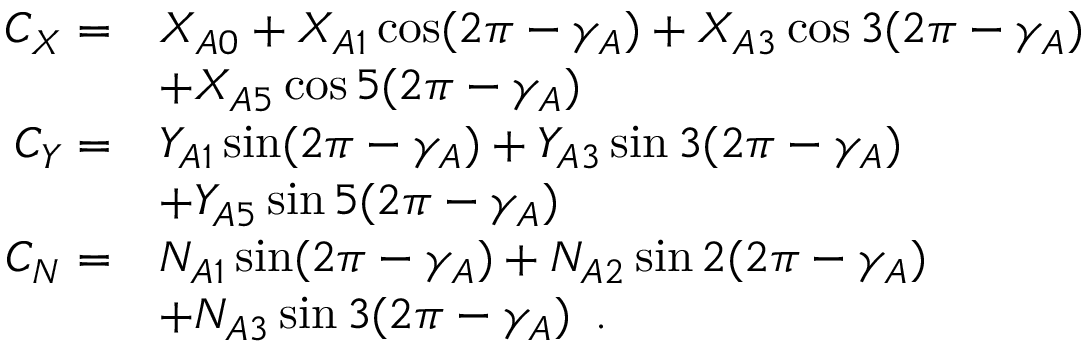
\begin{array} { r } { \begin{array} { r l } { C _ { X } = } & { X _ { A 0 } + X _ { A 1 } \cos ( 2 \pi - \gamma _ { A } ) + X _ { A 3 } \cos 3 ( 2 \pi - \gamma _ { A } ) } \\ & { + X _ { A 5 } \cos 5 ( 2 \pi - \gamma _ { A } ) } \\ { C _ { Y } = } & { Y _ { A 1 } \sin ( 2 \pi - \gamma _ { A } ) + Y _ { A 3 } \sin 3 ( 2 \pi - \gamma _ { A } ) } \\ & { + Y _ { A 5 } \sin 5 ( 2 \pi - \gamma _ { A } ) } \\ { C _ { N } = } & { N _ { A 1 } \sin ( 2 \pi - \gamma _ { A } ) + N _ { A 2 } \sin 2 ( 2 \pi - \gamma _ { A } ) } \\ & { + N _ { A 3 } \sin 3 ( 2 \pi - \gamma _ { A } ) \enspace . } \end{array} } \end{array}